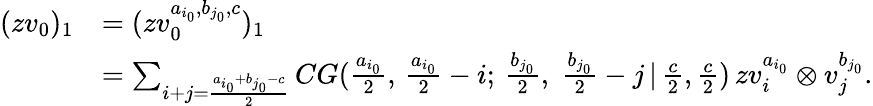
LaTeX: \begin{array}{rl}{(zv_{0})_{1}}&{=(zv_{0}^{a_{i_{0}},b_{j_{0}},c})_{1}}\\ &{=\sum_{i+j=\frac{a_{i_{0}}+b_{j_{0}}-c}{2}}CG(\frac{a_{i_{0}}}{2},\, \frac{a_{i_{0}}}{2}-i;\, \frac{b_{j_{0}}}{2},\; \frac{b_{j_{0}}}{2}-j\, |\, \frac{c}{2},\frac{c}{2})\, zv_{i}^{a_{i_{0}}}\otimes v_{j}^{b_{j_{0}}}.}\end{array}